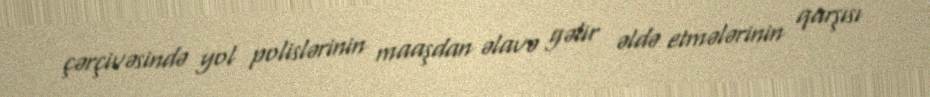
çərçivəsində yol polislərinin maaşdan əlavə gəlir əldə etmələrinin qarşısı